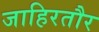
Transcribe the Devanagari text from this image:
जाहिरतौर